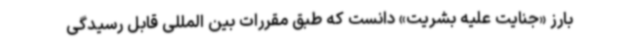
بارز «جنایت علیه بشریت» دانست که طبق مقررات بین المللی قابل رسیدگی